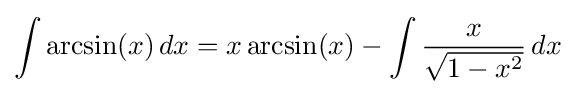
\int \arcsin(x)\,dx=x\arcsin(x)-\int {\frac {x}{\sqrt {1-x^{2}}}}\,dx